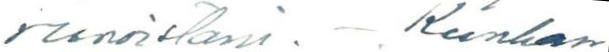
runoistani. - Kunhan